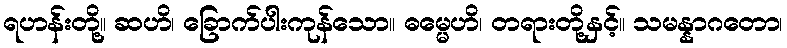
ရဟန်းတို့။ ဆဟိ၊ ခြောက်ပါးကုန်သော။ ဓမ္မေဟိ၊ တရားတို့နှင့်။ သမန္နာဂတော၊